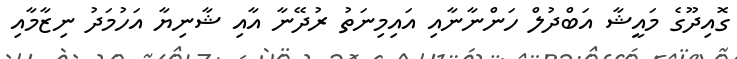
ގޮއިދޫގެ މައީޝާ އަބްދުލް ހަންނާނާއި އައިމިނަތު ރުދޭނާ އާއި ޝާނިޔާ އަހުމަދު ނިޒާމާއި